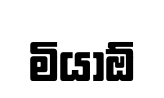
මියාඕ